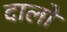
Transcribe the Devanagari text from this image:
दालो